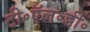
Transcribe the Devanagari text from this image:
टी॰ऍल॰डी॰